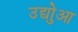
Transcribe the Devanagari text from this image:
उद्योुआ